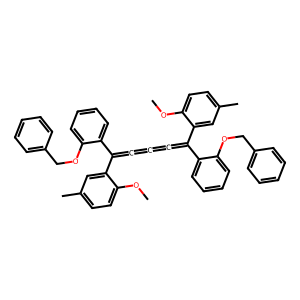
SMILES: COc1ccc(C)cc1C(=C=C=C=C(c1cc(C)ccc1OC)c1ccccc1OCc1ccccc1)c1ccccc1OCc1ccccc1
Inhibits HIV replication: No